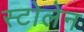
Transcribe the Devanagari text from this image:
स्टोलेन